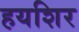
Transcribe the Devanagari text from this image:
हयशिर